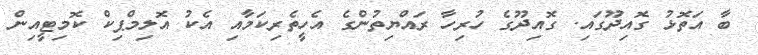
ބާ އަތޮޅު ގޮއިދޫގައި. ގޮއިދޫގެ ހުރިހާ ރައްޔިތުންގެ އެހީތެރިކަމާއި އެކު އޮލިމްޕިކް ކޮމިޓީއިން